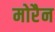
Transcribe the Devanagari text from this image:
मोरैन